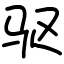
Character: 驱